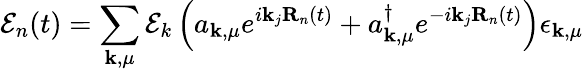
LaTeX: \mathbf{\mathcal{E}}_{n}(t)=\sum_{\mathbf{k},\mu}\mathcal{E}_{k}\left(a_{\mathbf{k},\mu}e^{i\mathbf{k}_{j}\mathbf{R}_{n}(t)}+a_{\mathbf{k},\mu}^{\dagger}e^{-i\mathbf{k}_{j}\mathbf{R}_{n}(t)}\right)\mathbf{\epsilon}_{\mathbf{k},\mu}